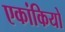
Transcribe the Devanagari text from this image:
एकांकियो